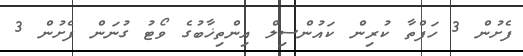
ފެށުން 3 ހަފްތާ ކުރިން ކައުންސިލް އިންތިޚާބުގެ ވޯޓު ގުނަން ފެށުން 3